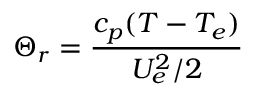
\Theta _ { r } = { \frac { c _ { p } ( T - T _ { e } ) } { U _ { e } ^ { 2 } / 2 } }